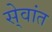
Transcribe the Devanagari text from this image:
से्वांत